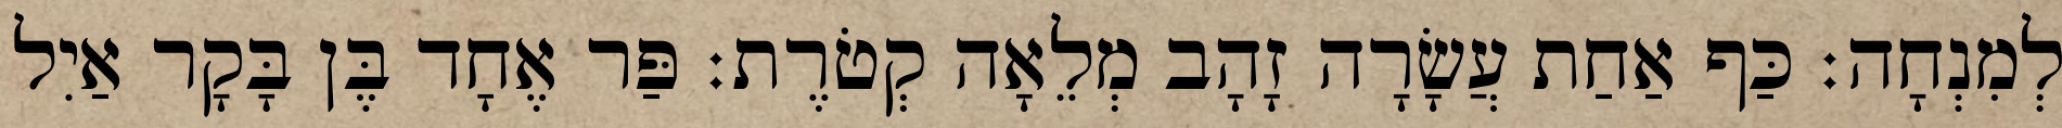
לְמִנְחָה׃ כַּף אַחַת עֲשָׂרָה זָהָב מְלֵאָה קְטֹרֶת׃ פַּר אֶחָד בֶּן בָּקָר אַיִל